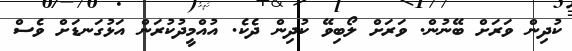
ކުދިން ވަރަށް ބޭނުން. ވަރަށް ލޯބިވޭ ކުދިން ދެކެ. އުއްމީދުކުރަން އަޅުގަނޑަށް ވެސް